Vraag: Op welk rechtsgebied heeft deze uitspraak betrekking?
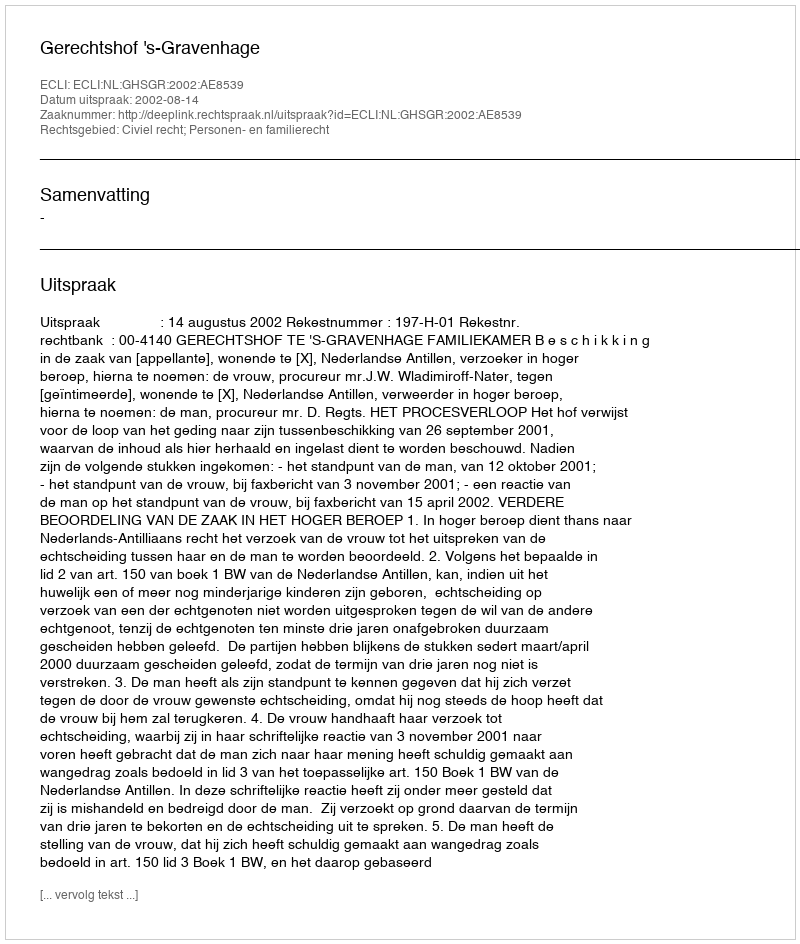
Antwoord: Civiel recht; Personen- en familierecht